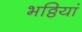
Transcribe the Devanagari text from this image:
भठ्ठियां